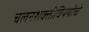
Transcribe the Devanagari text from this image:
चलनशक्तीविषयीचे